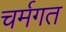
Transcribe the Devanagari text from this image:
चर्मगत